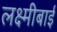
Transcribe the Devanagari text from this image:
लक्ष्‍मीबाई